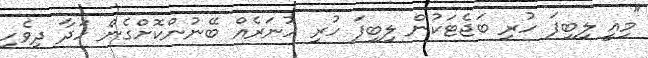
"މިއީ ލިބިފަ ހުރި ބަޖެޓަކުން ލިބިފަ ހުރި ހުނަރެއް ބޭނުންކޮށްގެން ހަދާ ދިވެހި